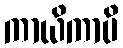
ကာယိကာပိ